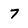
Character: 7